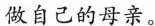
做自己的母亲。